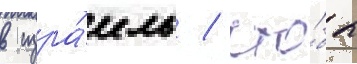
в изра́иль / что́бы